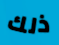
ذلك